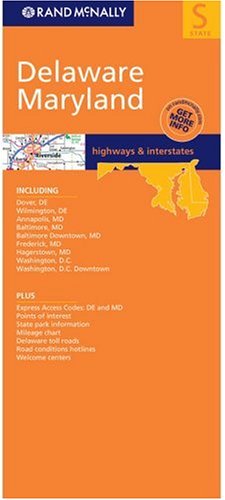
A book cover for Delaware/Maryland (Rand McNally Folded Map: States); Rand McNally and Company; Travel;